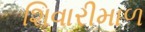
શિવારીમાળ